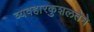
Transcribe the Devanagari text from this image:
व्यवहारकुशलतेने